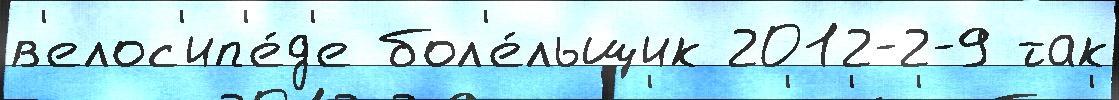
в'елос'ип'е́д'е бол'е́льщик 2012-2-9 так